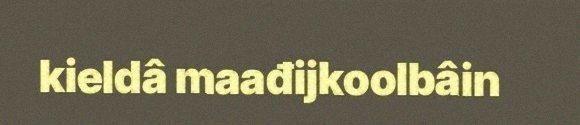
kieldâ maađijkoolbâin